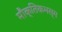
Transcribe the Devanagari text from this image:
मौक्तिकभस्म